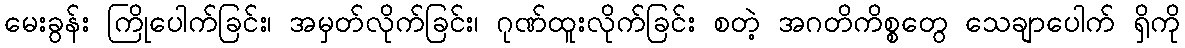
မေးခွန်း ကြိုပေါက်ခြင်း၊ အမှတ်လိုက်ခြင်း၊ ဂုဏ်ထူးလိုက်ခြင်း စတဲ့ အဂတိကိစ္စတွေ သေချာပေါက် ရှိကို